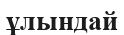
ұлындай